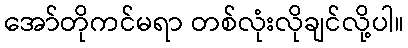
အော်တိုကင်မရာ တစ်လုံးလိုချင်လို့ပါ။